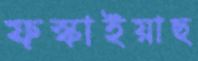
ফস্‌কাইয়াছ